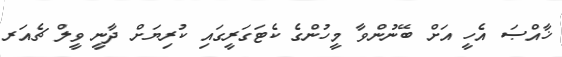
ޚާއްޞަ އެހީ އަށް ބޭނުންވާ މީހުންގެ ކެޓަގަރީގައި ކުރިޔަށް ދާނީ ވީލް ޗެއަރ